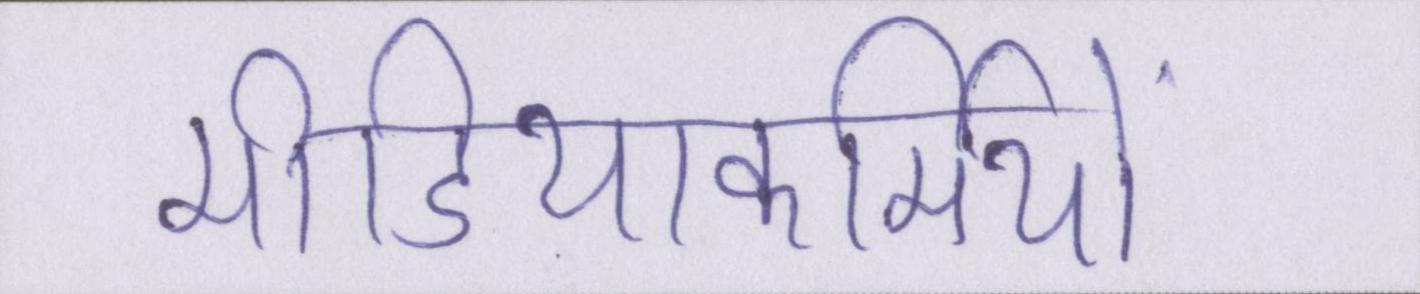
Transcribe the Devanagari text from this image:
मीडियाकर्मियों